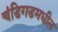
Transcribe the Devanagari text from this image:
चंडिगडमधील